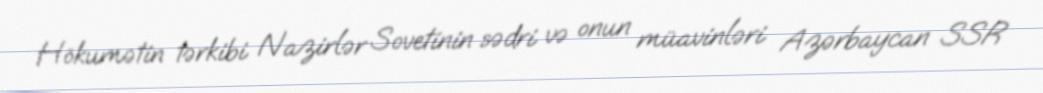
Hökumətin tərkibi Nazirlər Sovetinin sədri və onun müavinləri Azərbaycan SSR